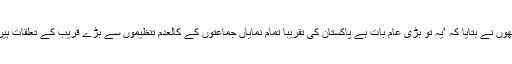
انھوں نے بتایا کہ ’یہ تو بڑی عام بات ہے پاکستان کی تقریباً تمام نمایاں جماعتوں کے کالعدم تنظیموں سے بڑے قریب کے تعلقات ہیں۔